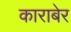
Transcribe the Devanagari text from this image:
काराबेर